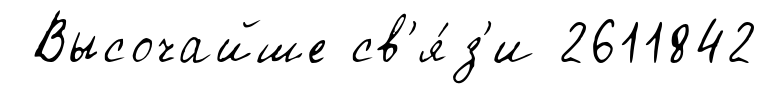
Высочайше св'я́з'и 2611842